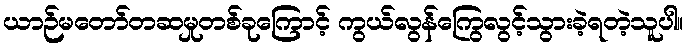
ယာဉ်မတော်တဆမှုတစ်ခုကြောင့် ကွယ်လွန်ကြွေလွင့်သွားခဲ့ရတဲ့သူပါ။